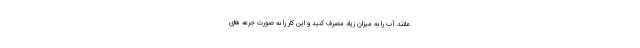
مانند آب را به میزان زیاد مصرف کنید و این کار را به صورت جرعه های